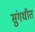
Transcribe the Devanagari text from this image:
सुंगधीत